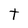
Character: t